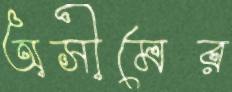
অসীমের